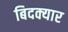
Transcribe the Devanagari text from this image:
बिदक्यार